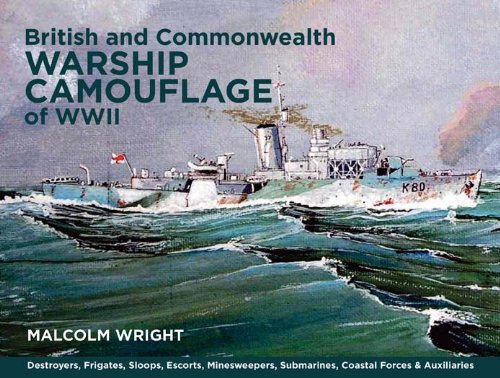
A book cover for British and Commonwealth Warship Camouflage of WWII: Destroyers, Frigates, Sloops, Escorts, Minesweepers, Submarines, Coastal Forces and Auxiliaries; Malcolm George Wright; History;